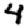
Digit: 4